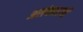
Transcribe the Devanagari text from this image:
अलंकारांची